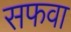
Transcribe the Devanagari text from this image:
सफवा